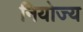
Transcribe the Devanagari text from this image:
नियोज्य